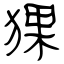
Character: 猓